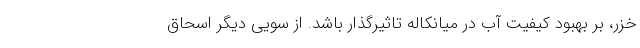
خزر، بر بهبود کیفیت آب در میانکاله تاثیرگذار باشد. از سویی دیگر اسحاق